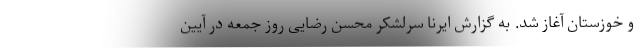
و خوزستان آغاز شد. به گزارش ایرنا سرلشکر محسن رضایی روز جمعه در آیین